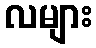
လများ